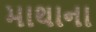
માથાના